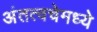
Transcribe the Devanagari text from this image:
अंतत्वचेमध्ये